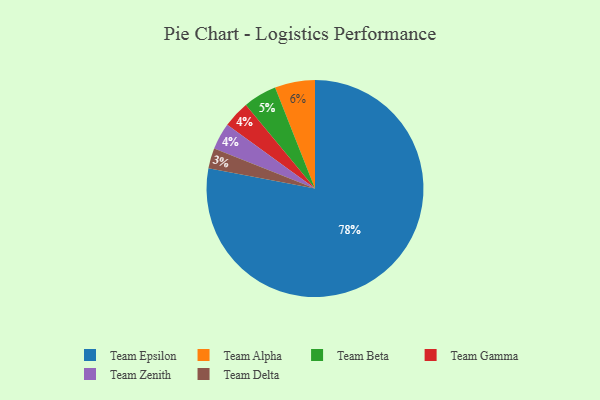
{"axis": {"x": "Category", "y": "Percentage"}, "legend": ["Team Alpha", "Team Beta", "Team Delta", "Team Epsilon", "Team Gamma", "Team Zenith"], "data": [{"x": "Team Gamma", "y": 4, "type": "Team Gamma"}, {"x": "Team Epsilon", "y": 78, "type": "Team Epsilon"}, {"x": "Team Zenith", "y": 4, "type": "Team Zenith"}, {"x": "Team Alpha", "y": 6, "type": "Team Alpha"}, {"x": "Team Beta", "y": 5, "type": "Team Beta"}, {"x": "Team Delta", "y": 3, "type": "Team Delta"}]}